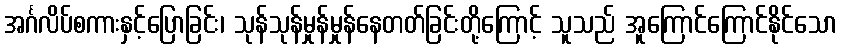
အင်္ဂလိပ်စကားနှင့်ပြောခြင်း၊ သုန်သုန်မှုန်မှုန်နေတတ်ခြင်းတို့ကြောင့် သူသည် အူကြောင်ကြောင်နိုင်သော